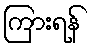
ကြားရန်